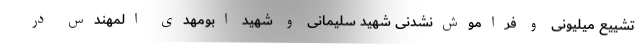
تشییع میلیونی و فراموش‌نشدنی شهید سلیمانی و شهید ابومهدی المهندس در